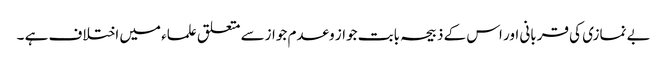
بے نمازی کی قربانی اور اس کے ذبیحہ بابت جواز وعدم جوازسے متعلق علماء میں اختلاف ہے ۔